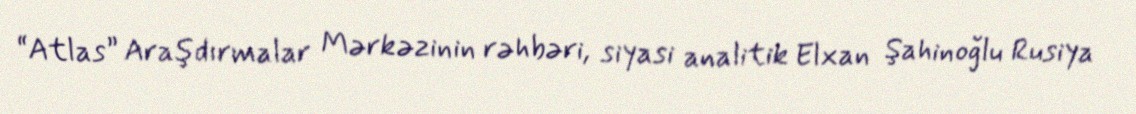
“Atlas” Araşdırmalar Mərkəzinin rəhbəri, siyasi analitik Elxan Şahinoğlu Rusiya